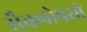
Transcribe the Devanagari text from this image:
सैक्लोपसो